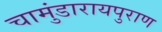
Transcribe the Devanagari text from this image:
चामुंडारायपुराण